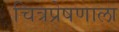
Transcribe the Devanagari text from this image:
चित्रप्रेषणाला